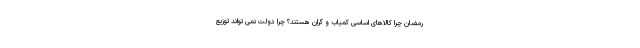
رمضان چرا کالاهای اساسی کمیاب و گران هستند؟ چرا دولت نمی تواند توزیع